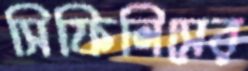
সিফিলিসের